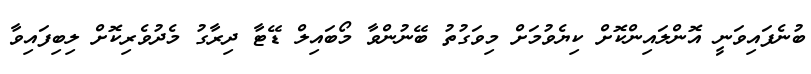
ބުނެފައިވަނީ އޮންލައިންކޮށް ކިޔެވުމަށް މިވަގުތު ބޭނުންވާ މޯބައިލް ޑޭޓާ ދިރާގު މެދުވެރިކޮށް ލިބިފައިވާ